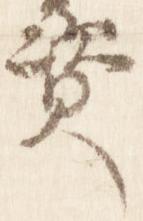
資